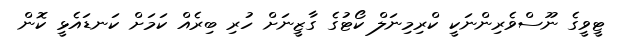
ޓީވީގެ ނޫސްވެރިންނަކީ ކްރިމިނަލް ކޯޓުގެ ގާޒީނަށް ހުރި ބިރެއް ކަމަށް ކަނޑައެޅީ ކޮން